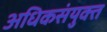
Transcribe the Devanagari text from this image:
अधिकसंयुक्त